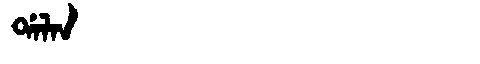
Manchu: ᡩᠠᠯᠠᠨ
Romanization: DALAN